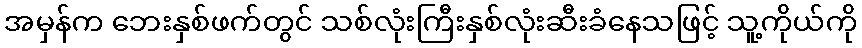
အမှန်က ဘေးနှစ်ဖက်တွင် သစ်လုံးကြီးနှစ်လုံးဆီးခံနေသဖြင့် သူ့ကိုယ်ကို